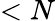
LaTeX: <N